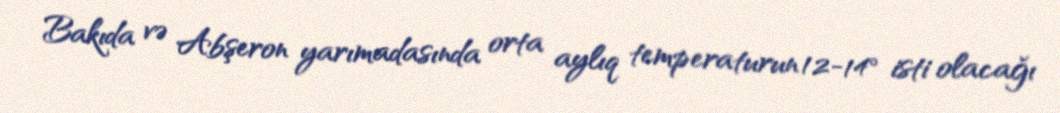
Bakıda və Abşeron yarımadasında orta aylıq temperaturun 12-14° isti olacağı